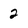
Character: 2